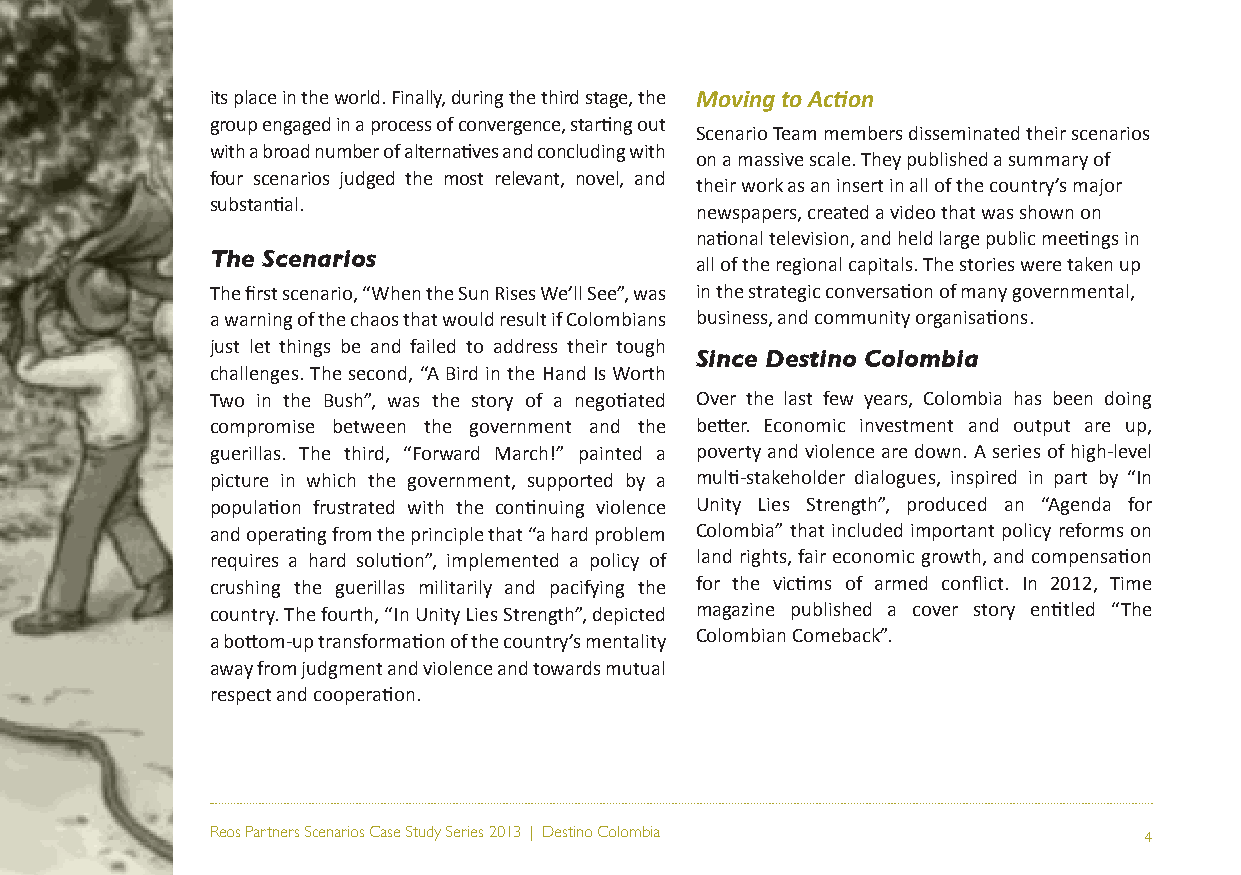
its place in the world. Finally, during the third stage, the Moving to Action
 group engaged in a process of convergence, starting out
 Scenario Team members disseminated their scenarios
 with a broad number of alternatives and concluding with
 on a massive scale. They published a summary of
 four scenarios judged the most relevant, novel, and
 their work as an insert in all of the country’s major
 substantial.
 newspapers, created a video that was shown on
 national television, and held large public meetings in
 The Scenarios
 all of the regional capitals. The stories were taken up
 The first scenario, “When the Sun Rises We’ll See”, was in the strategic conversation of many governmental,
 a warning of the chaos that would result if Colombians business, and community organisations.
 just let things be and failed to address their tough
 Since Destino Colombia
 challenges. The second, “A Bird in the Hand Is Worth
 Two in the Bush”, was the story of a negotiated Over the last few years, Colombia has been doing
 compromise between the government and the better. Economic investment and output are up,
 guerillas. The third, “Forward March!” painted a poverty and violence are down. A series of high-level
 picture in which the government, supported by a multi-stakeholder dialogues, inspired in part by “In
 population frustrated with the continuing violence Unity Lies Strength”, produced an “Agenda for
 and operating from the principle that “a hard problem Colombia” that included important policy reforms on
 requires a hard solution”, implemented a policy of land rights, fair economic growth, and compensation
 crushing the guerillas militarily and pacifying the for the victims of armed conflict. In 2012, Time
 country. The fourth, “In Unity Lies Strength”, depicted magazine published a cover story entitled “The
 a bottom-up transformation of the country’s mentality Colombian Comeback”.
 away from judgment and violence and towards mutual
 respect and cooperation.
 Reos Partners Scenarios Case Study Series 2013 | Destino Colombia 4